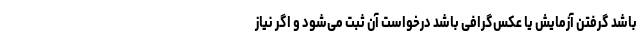
باشد گرفتن آزمایش یا عکس‌گرافی باشد درخواست آن ثبت می‌شود و اگر نیاز